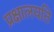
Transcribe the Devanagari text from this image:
प्रक्षालयति